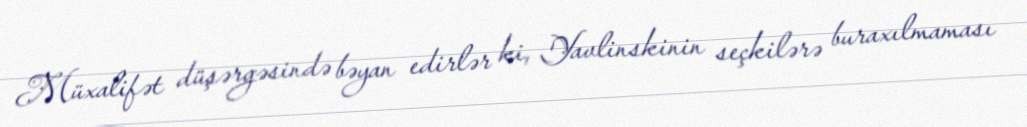
Müxalifət düşərgəsində bəyan edirlər ki, Yavlinskinin seçkilərə buraxılmaması